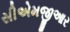
સીએમજીઆર